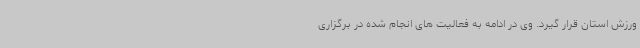
ورزش استان قرار گیرد. وی در ادامه به فعالیت های انجام شده در برگزاری